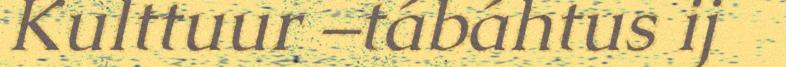
Kulttuur –tábáhtus ij